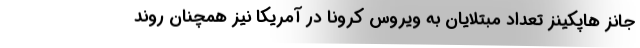
جانز هاپکینز تعداد مبتلایان به ویروس کرونا در آمریکا نیز همچنان روند